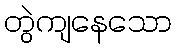
တွဲကျနေသော